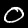
Digit: 0